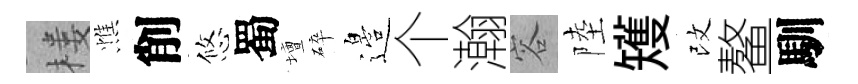
楼憔削悠蜀壇碎邉个瀚容陸矱改鳌馴